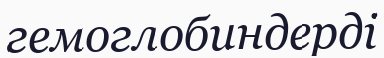
гемоглобиндерді